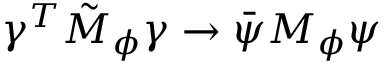
\gamma ^ { T } \tilde { M } _ { \phi } \gamma \to \bar { \psi } M _ { \phi } \psi